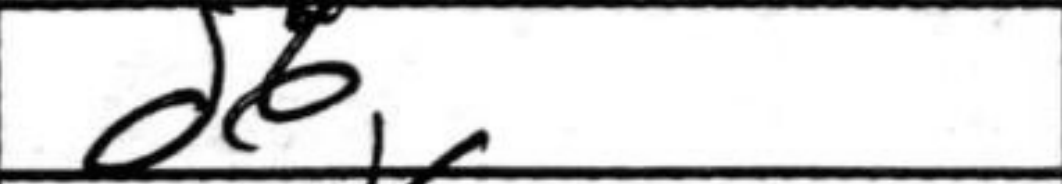
Transcription: d6